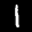
Label: 1